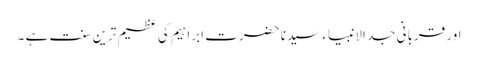
اور قربانی جد الانبیاء سیدنا حضرت ابراہیم کی عظیم ترین سنت ہے ۔